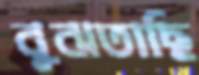
বুঝতাছি